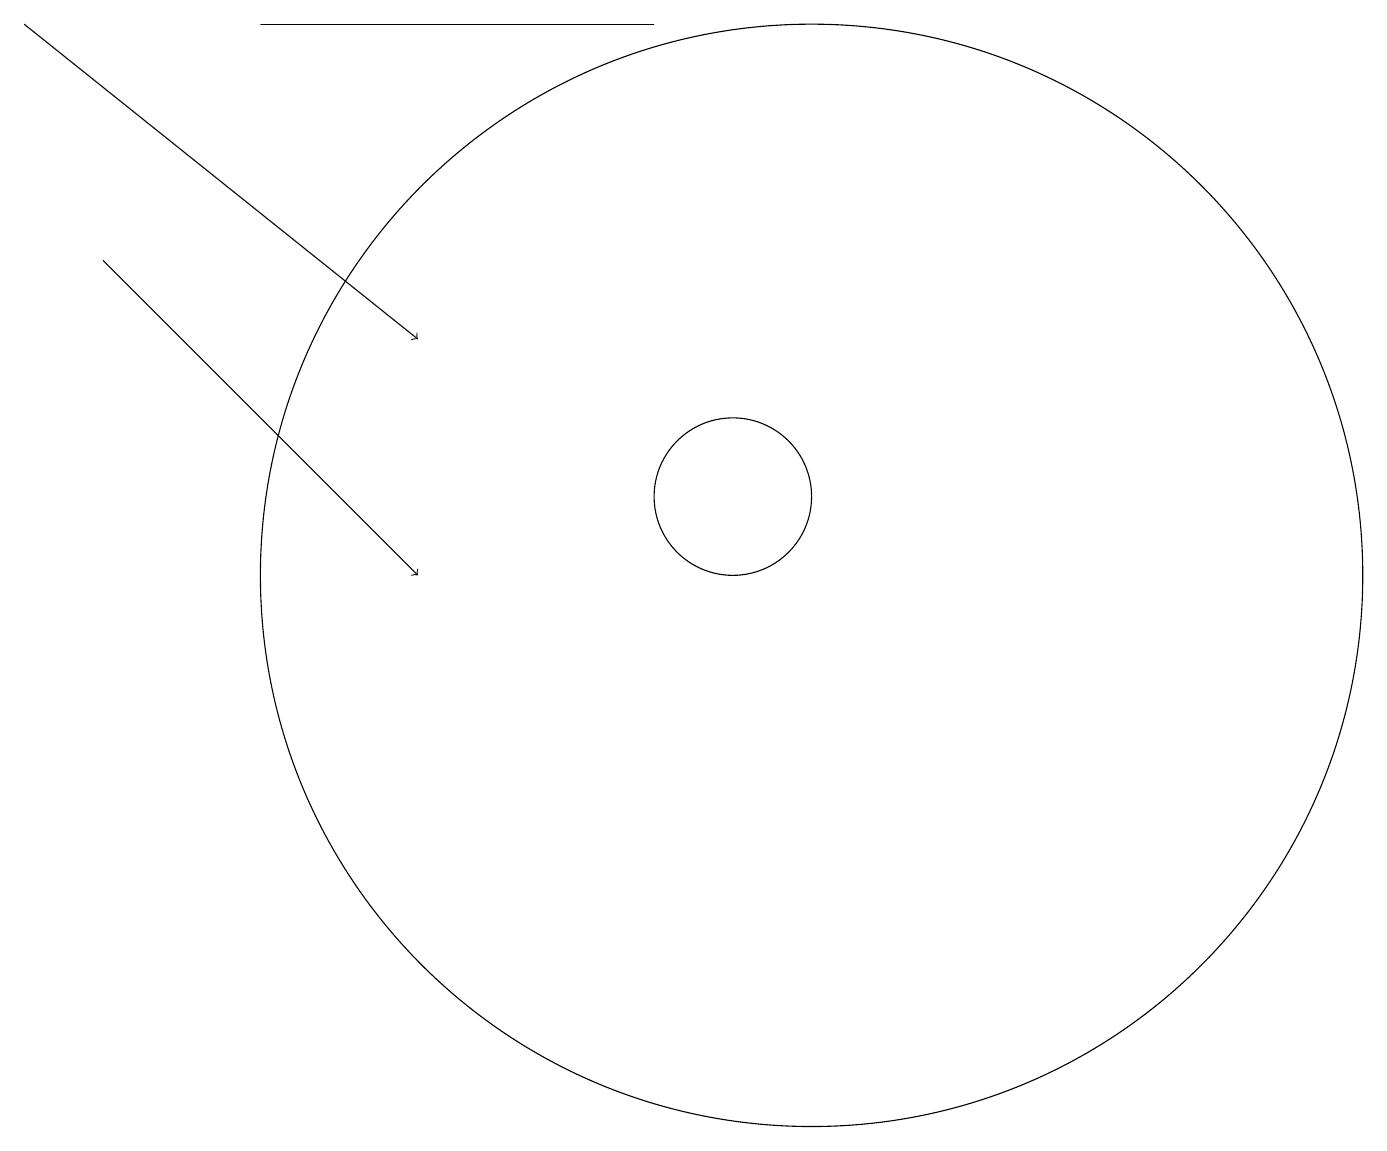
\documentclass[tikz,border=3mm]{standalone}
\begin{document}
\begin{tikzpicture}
\draw (10,11) circle (1);
\draw (4,17) rectangle (9,17);
\draw[->] (1,17) -- (6,13);
\draw (11,10) circle (7);
\draw[->] (2,14) -- (6,10);
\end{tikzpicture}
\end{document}